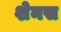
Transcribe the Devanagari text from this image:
शेनस